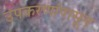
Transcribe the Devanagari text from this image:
उपकरणांपासून